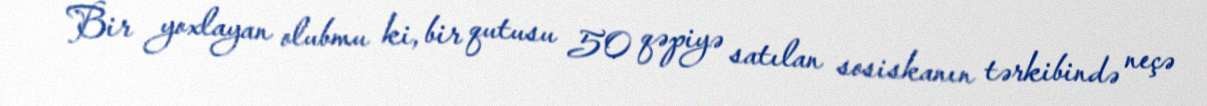
Bir yoxlayan olubmu ki, bir qutusu 50 qəpiyə satılan sosiskanın tərkibində neçə